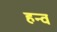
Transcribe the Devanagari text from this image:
हन्व